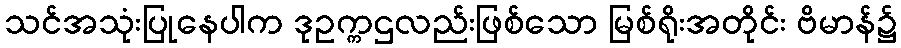
သင်အသုံးပြုနေပါက ဒုဥက္ကဌလည်းဖြစ်သော မြစ်ရိုးအတိုင်း ဗိမာန်၌